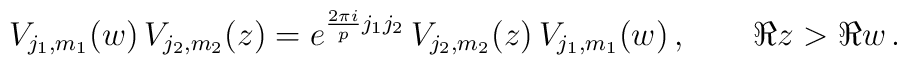
V_{j_1,m_1}(w)\,V_{j_2,m_2}(z) = e^{\frac{2\pi i}{p}j_1j_2}\,  V_{j_2,m_2}(z)\,V_{j_1,m_1}(w)\,,\qquad  \Re z>\Re w\,.